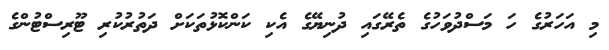
މި އަހަރުގެ ހަ މަސްދުވަހުގެ ތެރޭގައި ދުނިޔޭގެ އެކި ކަންކޮޅުތަކަށް ދަތުރުކުރި ޓޫރިސްޓުންގެ